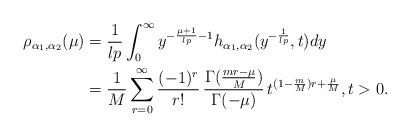
LaTeX: \begin{align*}\rho_{\alpha_{1}, \alpha_{2}}(\mu) & = \frac{1}{lp} \int_{0}^{\infty} y^{-\frac{\mu+1}{lp}-1} h_{\alpha_{1}, \alpha_{2}}(y^{-\frac{1}{lp}}, t) dy \\& = \frac{1}{M} \sum_{r=0}^{\infty} \frac{(-1)^r}{r!}\, \frac{\Gamma(\frac{m r - \mu}{M})}{\Gamma(-\mu)}\, t^{(1-\frac{m}{M})r + \frac{\mu}{M}}, t >0. \end{align*}